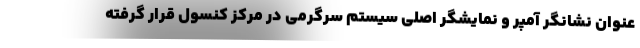
عنوان نشانگر آمپر و نمایشگر اصلی سیستم سرگرمی در مرکز کنسول قرار گرفته